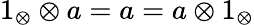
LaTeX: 1_{\otimes}\otimes a=a=a\otimes 1_{\otimes}